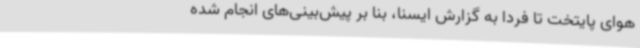
هوای پایتخت تا فردا به گزارش ایسنا، بنا بر پیش‌بینی‌های انجام‌ شده